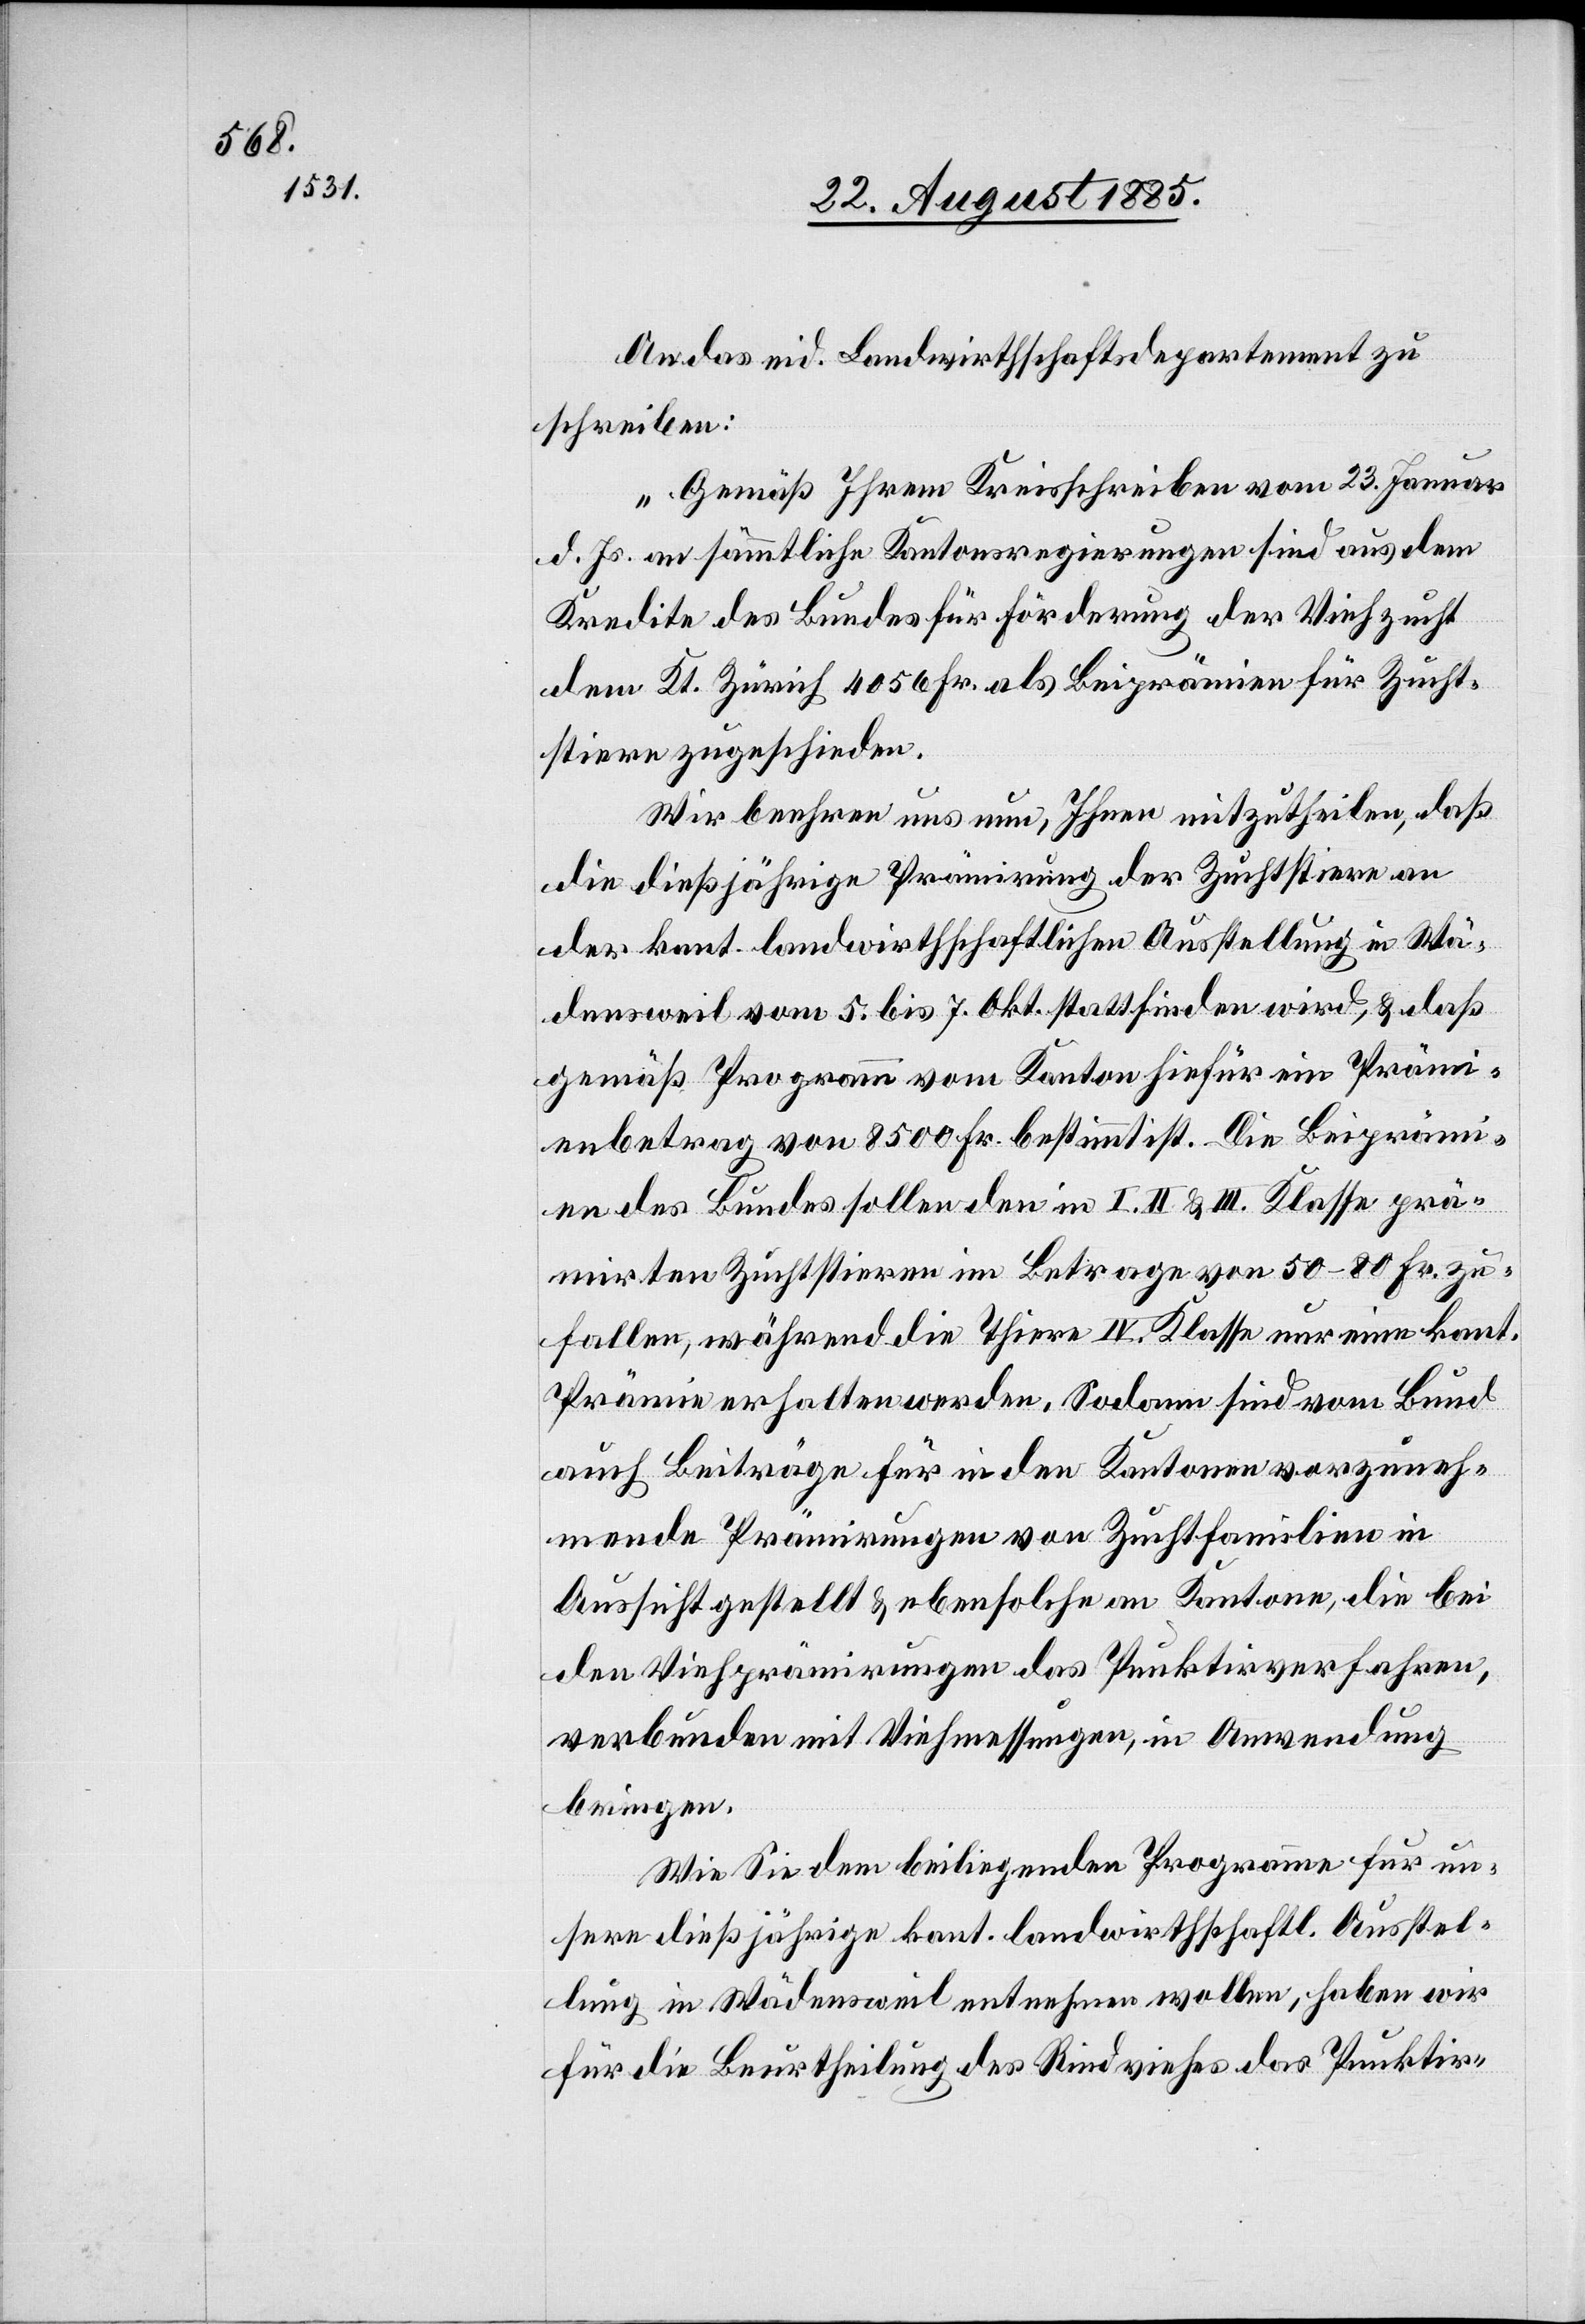
An das eid. Landwirthschaftsdepartement zu
schreiben:
„Gemäß Ihrem Kreisschreiben vom 23. Januar
d. Js. an sämmtliche Kantonsregierungen sind aus dem
Kredite des Bundes für Förderung der Viehzucht
dem Kt. Zürich 4056 Fr. als Beiprämien für Zucht¬
stiere zugeschieden.
Wir beehren uns nun, Ihnen mitzutheilen, daß
die dießjährige Prämirung der Zuchtstiere an
der kant. landwirthschaftlichen Ausstellung in Wä¬
densweil vom 5. bis 7. Okt. stattfinden wird, & daß
gemäß Programm vom Kanton hiefür ein Prämi¬
enbetrag von 8500 Fr. bestimmt ist. Die Beipräm¬
ien des Bundes sollen den in I. II. & III. Klasse prä¬
mirten Zuchtstieren im Betrage von 50–80 Fr. zu¬
fallen, während die Thiere IV. Klasse nur eine kant.
Prämie erhalten werden. Sodann sind vom Bund
auch Beiträge für in den Kantonen vorzuneh¬
mende Prämirungen von Zuchtfamilien in
Aussicht gestellt & ebensolche an Kantone, die bei
den Viehprämirungen das Punktirverfahren,
verbunden mit Viehmessungen, in Anwendung
bringen.
Wie Sie den beiliegenden Programme für un¬
sere diesjährige kant. landwirthschaftl. Ausstel¬
lung in Wädensweil entnehmen wollen, haben wir
für die Beurtheilung des Rindviehes das Punktir-